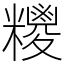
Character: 糭